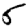
Digit: 5